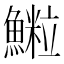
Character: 𩻑